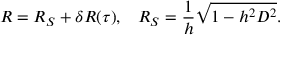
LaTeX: R = R _ { S } + \delta R ( \tau ) , \; \; \; R _ { S } = \frac { 1 } { h } \sqrt { 1 - h ^ { 2 } D ^ { 2 } } .